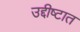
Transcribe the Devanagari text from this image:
उद्दीष्टात